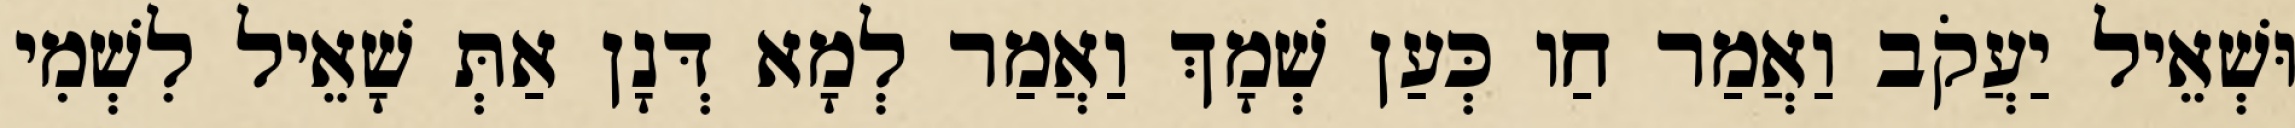
וּשְׁאֵיל יַעֲקֹב וַאֲמַר חַו כְּעַן שְׁמָךְ וַאֲמַר לְמָא דְּנָן אַתְּ שָׁאֵיל לִשְׁמִי